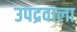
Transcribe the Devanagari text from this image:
उपद्रवाला